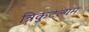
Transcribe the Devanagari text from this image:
त्रिकुटल्यम